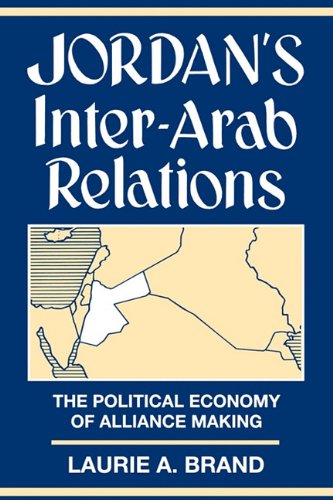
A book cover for Jordan's Inter-Arab Relations; Laurie Brand; History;